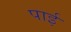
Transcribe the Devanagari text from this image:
पार्इ